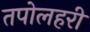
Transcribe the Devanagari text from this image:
तपोलहरी